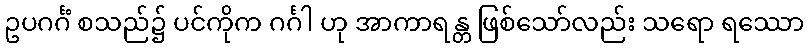
ဥပဂင်္ဂံ စသည်၌ ပင်ကိုက ဂင်္ဂါ ဟု အာကာရန္တ ဖြစ်သော်လည်း သရော ရဿော